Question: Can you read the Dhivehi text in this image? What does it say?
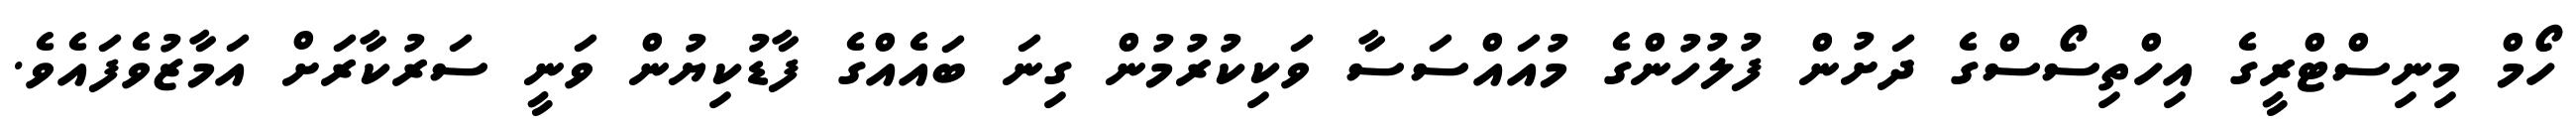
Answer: ހޯމް މިނިސްޓްރީގެ އިހްތިސޯސްގެ ދަށުން ފުލުހުންގެ މުއައްސަސާ ވަކިކުރުމުން ގިނަ ބައެއްގެ ފާޑުކިޔުން ވަނީ ސަރުކާރަށް އަމާޒުވެފައެވެ.